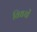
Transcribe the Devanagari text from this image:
विधयों